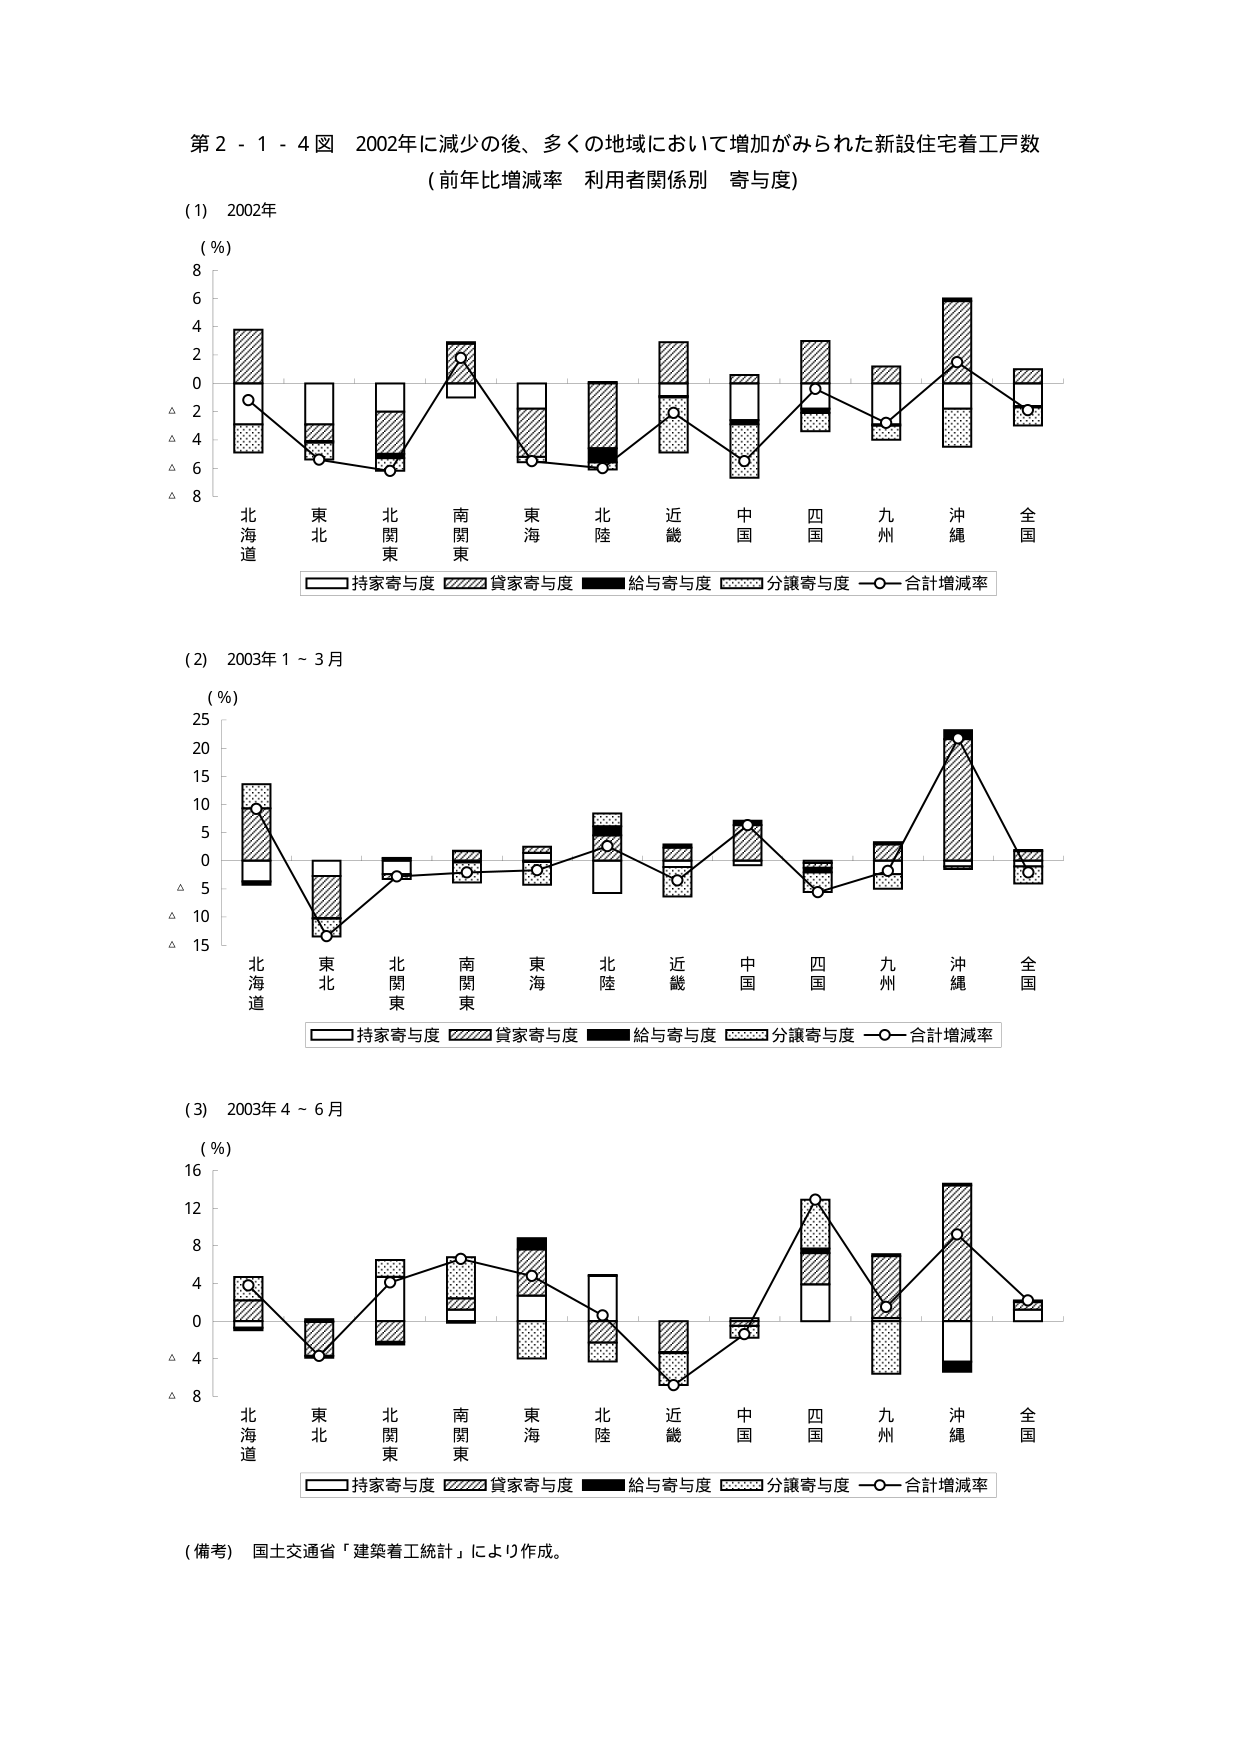
第２－１－４図　2002年に減少の後、多くの地域において増加がみられた新設住宅着工戸数
（前年比増減率　利用者関係別　寄与度）

(1)　2002年
(％)
8
6
4
2
0
△2
△4
△6
△8

北海道　東北　北関東　南関東　東海　北陸　近畿　中国　四国　九州　沖縄　全国

□持家寄与度　■貸家寄与度　■給与寄与度　■分譲寄与度　○－合計増減率

(2)　2003年１～３月
(％)
25
20
15
10
5
0
△5
△10
△15

北海道　東北　北関東　南関東　東海　北陸　近畿　中国　四国　九州　沖縄　全国

□持家寄与度　■貸家寄与度　■給与寄与度　■分譲寄与度　○－合計増減率

(3)　2003年４～６月
(％)
16
12
8
4
0
△4
△8

北海道　東北　北関東　南関東　東海　北陸　近畿　中国　四国　九州　沖縄　全国

□持家寄与度　■貸家寄与度　■給与寄与度　■分譲寄与度　○－合計増減率

（備考）　国土交通省「建築着工統計」により作成。